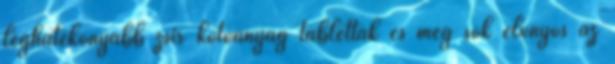
leghatékonyabb zsír kötőanyag tabletták és még sok előnyös az